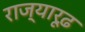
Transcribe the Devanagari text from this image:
राज्यारूढ़